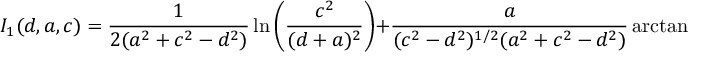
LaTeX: I _ { 1 } ( d , a , c ) = { \frac { 1 } { 2 ( a ^ { 2 } + c ^ { 2 } - d ^ { 2 } ) } } \ln \left( { \frac { c ^ { 2 } } { ( d + a ) ^ { 2 } } } \right) + { \frac { a } { ( c ^ { 2 } - d ^ { 2 } ) ^ { 1 / 2 } ( a ^ { 2 } + c ^ { 2 } - d ^ { 2 } ) } } \arctan \left( { \frac { ( c ^ { 2 } - d ^ { 2 } ) ^ { 1 / 2 } } { d } } \right)